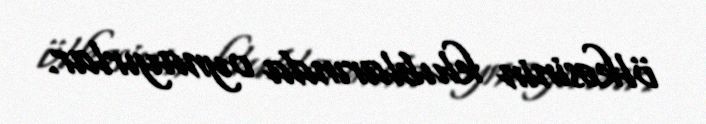
ölkəsinin klublarında oynayırlar.